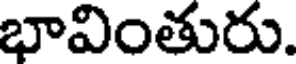
భావింతురు.